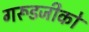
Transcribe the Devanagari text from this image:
गरूडजीको